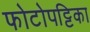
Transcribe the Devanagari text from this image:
फोटोपट्टिका